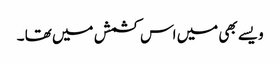
ویسے بھی میں اس کشمش میں تھا ۔